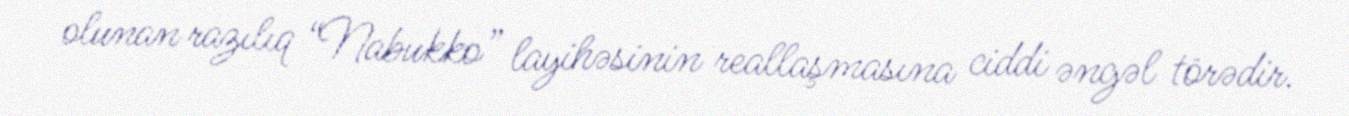
olunan razılıq “Nabukko” layihəsinin reallaşmasına ciddi əngəl törədir.